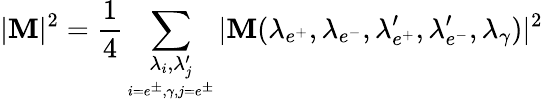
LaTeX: |{\cal\mathbf{M}}|^{2}=\frac{{1}}{{4}}\sum_{\underset{i=e^{\pm},\gamma,j=e^{\pm}}{\lambda_{i},\lambda_{j}^{\prime}}}|{\cal\mathbf{M}}(\lambda_{e^{+}},\lambda_{e^{-}},\lambda_{e^{+}}^{\prime},\lambda_{e^{-}}^{\prime},\lambda_{\gamma})|^{2}